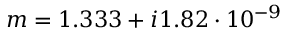
m = 1 . 3 3 3 + i 1 . 8 2 \cdot 1 0 ^ { - 9 }